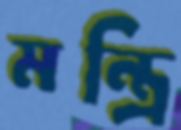
মন্ত্রি